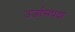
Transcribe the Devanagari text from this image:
उर्जासंपदा